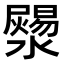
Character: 𤂞